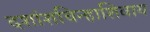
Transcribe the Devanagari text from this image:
दशांशचिन्हाशिवाय